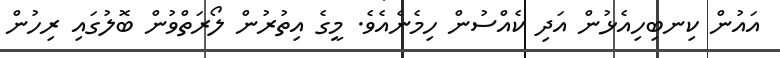
އައުން ކިނބިހިއެޅުން އަދި ކެއްސުން ހިމެނެއެވެ. މީގެ އިތުރުން ލޯރަތްވުން ބޮލުގައި ރިހުން